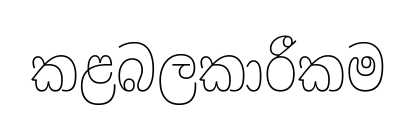
කළබලකාරීකම